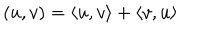
( u , v ) = \langle u , v \rangle + \langle v , u \rangle